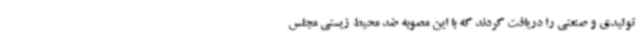
تولیدی و صنعتی را دریافت کردند که با این مصوبه ضد محیط زیستی مجلس